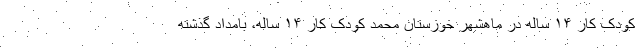
کودک کار ۱۴ ساله در ماهشهر خوزستان محمد کودک کار ۱۴ ساله، بامداد گذشته